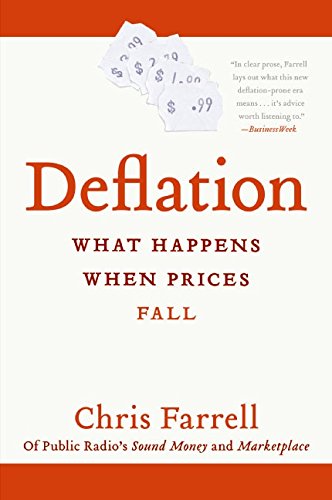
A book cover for Deflation; Chris Farrell; Business & Money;